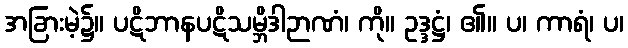
အခြားမဲ့၌။ ပဋိဘာနပဋိသမ္ဘိဒါဉာဏံ၊ ကို။ ဥဒ္ဒဋ္ဌံ၊ ၏။ ပ၊ ကာရံ၊ ပ၊